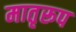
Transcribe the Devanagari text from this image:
मातृरूप